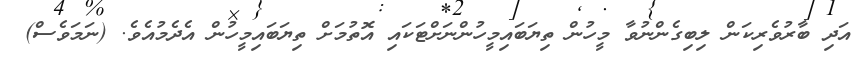
އަދި ބާރުވެރިކަން ލިބިގެންނުވާ މީހުން ތިޔަބައިމީހުންނަށްޓަކައި އޮތުމަށް ތިޔަބައިމީހުން އެދެމުއެވެ. (ނަމަވެސް)